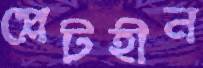
প্লেটহীন